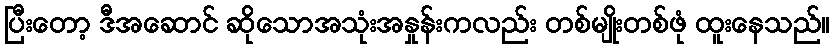
ပြီးတော့ ဒီအဆောင် ဆိုသောအသုံးအနှုန်းကလည်း တစ်မျိုးတစ်ဖုံ ထူးနေသည်။